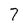
Character: 7